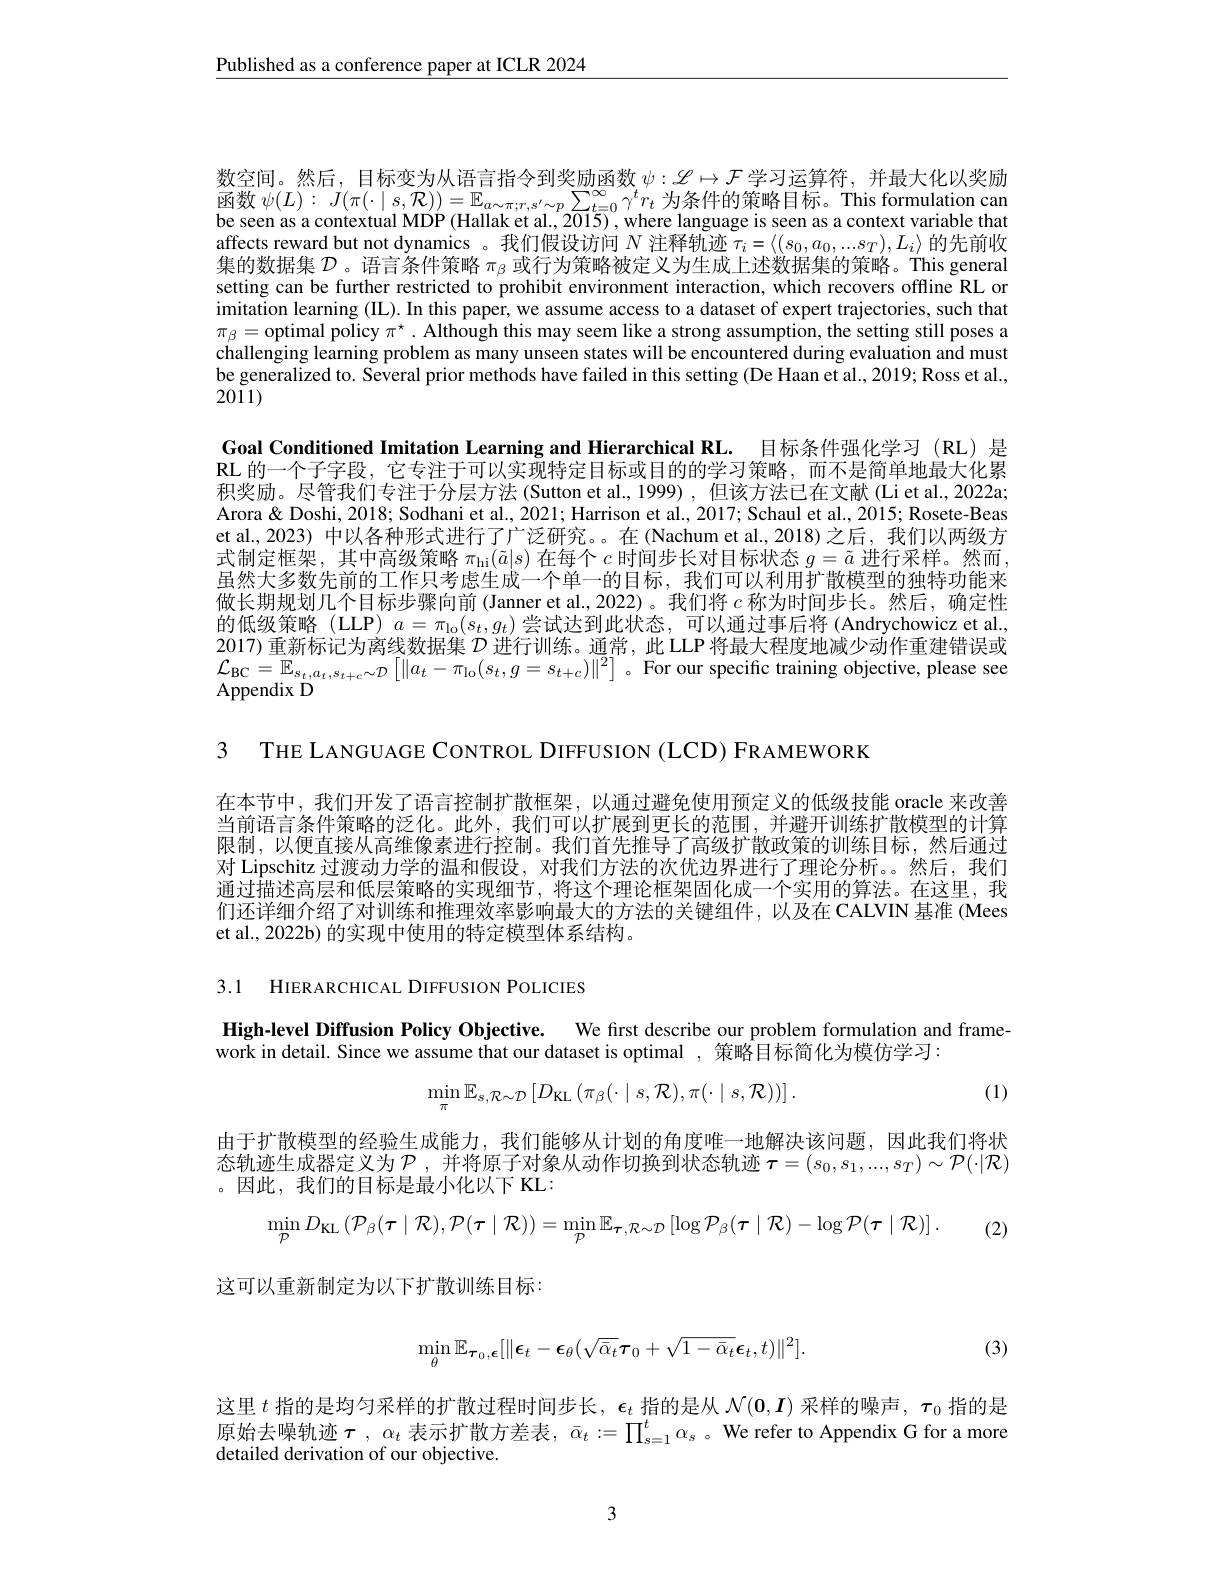
$\underline{\text{Published as a conference paper at ICLR 2024}}$

数空间。然后，目标变为从语言指令到奖励函数$\psi:\mathscr{L}\mapsto\mathcal{F}$学习运算符，并最大化以奖励函 数 $\psi ( L) : J( \pi ( \cdot \mid s, \mathcal{R} ) ) = \mathbb{E} _{a\sim \pi ; r, s^{\prime }\sim p}\sum _{t= 0}^{\infty }\gamma ^{t}r_{t}$为条件的策略目标。This formulation can he seen as a contextual MDP (Hallak et al..2015). where language is seen as a context variable tha affects reward but not dynamics 。我们假设访问$N$注释轨迹$\tau_i=\langle(s_0,a_0,...s_T),L_i\rangle$的先前收集的数据集$\mathcal{D}$ 。语言条件策略$\pi_\mathrm{\beta}$或行为策略被定义为生成上述数据集的策略。This general setting can be further restricted to prohibit environment interaction, which recovers offline RL or imitation learning (IL). In this paper, we assume access to a dataset of expert trajectories, such that $\pi_\beta=$optimal policy $\pi^\star.$ Although this may seem like a strong assumption, the setting still poses a challenging learning problem as many unseen states will be encountered during evaluation and must be generalized to. Several prior methods have failed in this setting (De Haan et al., 2019; Ross et al., 2011)

Goal Conditioned Imitation Learning and Hierarchical RL. 目标条件强化学习 (RL)是RL 的一个子字段，它专注于可以实现特定目标或目的的学习策略，而不是简单地最大化累积奖励。尽管我们专注于分层方法 (Sutton et al.,1999) ,但该方法已在文献 (Li et al., 2022a; Arora & Doshi, 2018; Sodhani et al., 2021; Harrison et al., 2017; Schaul et al., 2015; Rosete-Beas et al.,2023) 中以各种形式进行了广泛研究。。在(Nachum et al.,2018)之后，我们以两级方式制定框架，其中高级策略$\pi_\mathrm{hi}(\tilde{a}|s)$在每个$c$时间步长对目标状态$g=\tilde{a}$进行采样。然而， 由然大多数先前的「作只考虑生成一个里一的日标.我们可以利用扩散槌型的独特功能采做长期规划几个目标步骤向前(Janner et al.,2022)。我们将$c$称为时间步长。然后，确定性的低级策略(LLP) $a=\pi_{\mathrm{lo}}(s_t,g_t)$尝试达到此状态，可以通过事后将 (Andrychowicz et al. 2017) 重新标记为离线数据集$\mathcal{D}$进行训练。通常，此 LLP 将最大程度地减少动作重建错误或$\begin{array}{l}{\mathcal{L}_{\mathrm{BC}}=\mathbb{E}_{s_{t},a_{t},s_{t+c}\sim\mathcal{D}}\left[\|a_{t}-\pi_{\mathrm{lo}}(s_{t},g=s_{t+c})\|^{2}\right]。}\\{\mathrm{Appendix~D}}\end{array}$

3 THE LANGUAGE CONTROL DIFFUSION (LCD) FRAMEWORK

在本节中，我们开发了语言控制扩散框架，以通过避免使用预定义的低级技能 oracle 来改善当前语言条件策略的泛化。此外，我们可以扩展到更长的范围，并避开训练扩散模型的计算限制，以便直接从高维像素进行控制。我们首先推导了高级扩散政策的训练目标，然后通过对 Lipschitz 过渡动力学的温和假设，对我们方法的次优边界进行了理论分析。。然后，我们通过描述高层和低层策略的实现细节，将这个理论框架固化成一个实用的算法。在这里，我们还详细介绍了对训练和推理效率影响最大的方法的关键组件，以及在 CALVIN 基准 (Mees et al., 2022b) 的实现中使用的特定模型体系结构。

3.1 HIERARCHICAL DIFFUSION POLICIES

High-level Diffusion Policy Objective. We first describe our problem formulation and frame-
work in detail. Since we assume that our dataset is optimal , 策略目标简化为模仿学习：
$$\operatorname*{min}_{\pi}\mathbb{E}_{s,\mathcal{R}\sim\mathcal{D}}\left[D_{\mathrm{KL}}\left(\pi_{\beta}(\cdot\mid s,\mathcal{R}),\pi(\cdot\mid s,\mathcal{R})\right)\right].$$
(1)

由于扩散模型的经验生成能力，我们能够从计划的角度唯一地解决该问题，因此我们将状态轨迹生成器定义为$\mathcal{P}$ ,并将原子对象从动作切换到状态轨迹 $\boldsymbol\tau=(s_0,s_1,...,s_T)\sim\mathcal{P}(\cdot|\mathcal{R})$ 。因此，我们的目标是最小化以下 KL:
$$\min\limits_{\mathcal{P}}D_{\mathrm{KL}}\left(\mathcal{P}_{\beta}(\tau\mid\mathcal{R}),\mathcal{P}(\tau\mid\mathcal{R})\right)=\min\limits_{\mathcal{P}}\mathbb{E}_{\tau,\mathcal{R}\sim\mathcal{D}}\left[\log\mathcal{P}_{\beta}(\tau\mid\mathcal{R})-\log\mathcal{P}(\tau\mid\mathcal{R})\right].$$
这可以重新制定为以下扩散训练目标：

(2)

(3)
$$\min_{\theta}\mathbb{E}_{\boldsymbol{\tau}_{0},\boldsymbol{\epsilon}}[\|\boldsymbol{\epsilon}_{t}-\boldsymbol{\epsilon}_{\theta}(\sqrt{\bar{\alpha}_{t}}\boldsymbol{\tau}_{0}+\sqrt{1-\bar{\alpha}_{t}}\boldsymbol{\epsilon}_{t},t)\|^{2}].$$
这里$t$指的是均匀采样的扩散过程时间步长，$\epsilon_t$指的是从$\mathcal{N}(\mathbf{0},\boldsymbol{I})$采样的噪声，$\tau_0$指的是原始去噪轨迹$\tau,\alpha_t$ 表示扩散方差表，$\bar{\alpha}_t:=\prod_s=1^t\alpha_s$ 。We refer to Appendix G for a more detailed derivation of our objective.

3